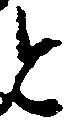
と